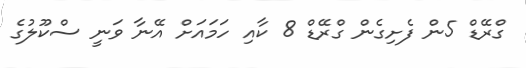
ގްރޭޑް 5ން ފެށިގެން ގްރޭޑް 8 ކާއި ހަމައަށް އޭނާ ވަނީ ސްކޫލުގެ